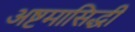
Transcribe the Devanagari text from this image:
अष्टमासिद्धी